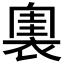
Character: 𧛲